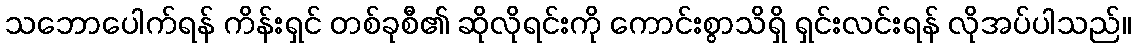
သဘောပေါက်ရန် ကိန်းရှင် တစ်ခုစီ၏ ဆိုလိုရင်းကို ကောင်းစွာသိရှိ ရှင်းလင်းရန် လိုအပ်ပါသည်။